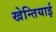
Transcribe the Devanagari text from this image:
खेन्तियाई